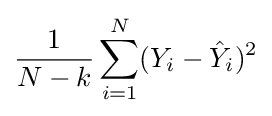
{1 \over N-k}\sum _{i=1}^{N}(Y_{i}-{\hat {Y}}_{i})^{2}